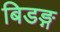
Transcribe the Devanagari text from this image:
बिडङ्ग